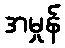
အမှုန်